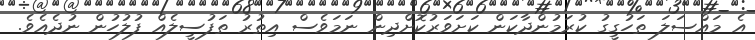
އެ މައްސަލަ ތަހުގީގު ކުރަމުންދާކަން ކަށަވަރުކޮށްދިން ނަމަވެސް އިތުރު ތަފުސީލެއް ފުލުހުން ނުދެއެވެ.